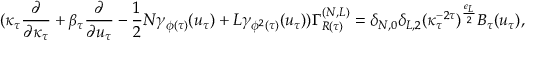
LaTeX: ( \kappa _ { \tau } \frac { \partial } { \partial \kappa _ { \tau } } + \beta _ { \tau } \frac { \partial } { \partial u _ { \tau } } - \frac { 1 } { 2 } N \gamma _ { \phi ( \tau ) } ( u _ { \tau } ) + L \gamma _ { \phi ^ { 2 } ( \tau ) } ( u _ { \tau } ) ) \Gamma _ { R ( \tau ) } ^ { ( N , L ) } = \delta _ { N , 0 } \delta _ { L , 2 } ( \kappa _ { \tau } ^ { - 2 \tau } ) ^ { \frac { \epsilon _ { L } } { 2 } } B _ { \tau } ( u _ { \tau } ) ,